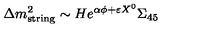
\Delta m _ { \mathrm { s t r i n g } } ^ { 2 } \sim H e ^ { \alpha \phi + \varepsilon X ^ { 0 } } \Sigma _ { 4 5 }